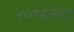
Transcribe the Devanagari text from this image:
२०१६नंतर